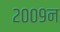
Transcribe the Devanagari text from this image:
२००९न